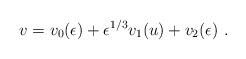
LaTeX: \begin{align*}v=v_0(\epsilon)+ \epsilon^{1/3} v_1(u) + v_2(\epsilon)\ .\end{align*}